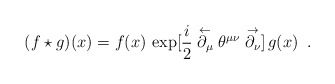
\begin{align*}(f \star g)(x) = f(x)\, \exp[\frac{i}{2} \stackrel{\leftarrow}{\partial_\mu} \theta^{\mu\nu} \stackrel{\rightarrow}{\partial_\nu}]\,g(x) \,\,\, .\end{align*}